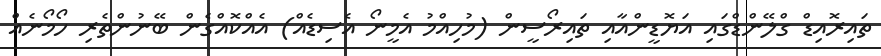
ތައިރޮއިޑް ގްލޭންޑްގައި އަޔޮޑީންއާއި ތައިރޯސީން (މުހިއްމު އެމީނޯ އެސިޑެއް) އެއްކޮއްގެން ބޭނުންތެރި ހޯމޯނެއް